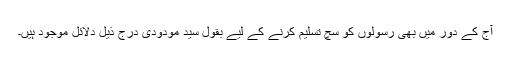
آج کے دور میں بھی رسولوں کو سچ تسلیم کرنے کے لیے بقول سید مودودی درج ذیل دلائل موجود ہیں۔